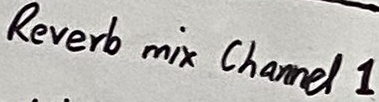
Text: Revert mix Channel 1